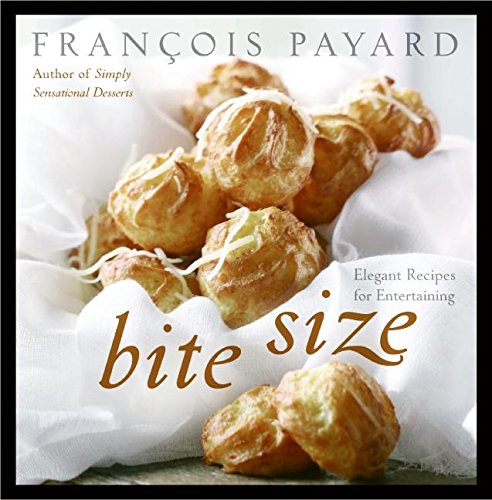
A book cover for Bite Size: Elegant Recipes for Entertaining; Francois Payard; Cookbooks, Food & Wine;